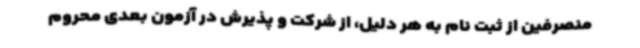
منصرفین از ثبت نام به هر دلیل، از شرکت و پذیرش در آزمون بعدی محروم